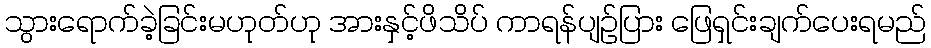
သွားရောက်ခဲ့ခြင်းမဟုတ်ဟု အားနှင့်ဖိသိပ် ကာရန်ပျဉ်ပြား ဖြေရှင်းချက်ပေးရမည်